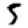
Digit: 5